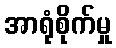
အာရုံစိုက်မှု